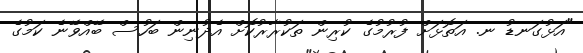
"އަޅުގަނޑު ނ. އަތޮޅަށް ފުރުމުގެ ކުރިން ތަކުރާރުކޮށް އެދުނިން ބަހުސް ބޭއްވޭނެ ކަމުގެ